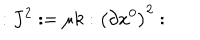
LaTeX: : J ^ { 2 } : = \mu k : \left( \partial x ^ { 0 } \right) ^ { 2 } :